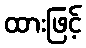
ထားဖြင့်